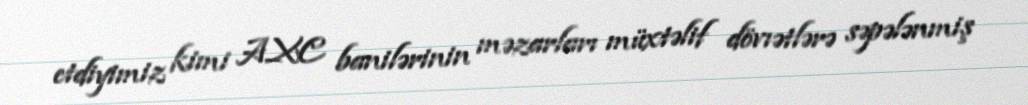
etdiyimiz kimi AXC banilərinin məzarları müxtəlif dövıətlərə səpələnmiş